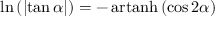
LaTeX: \ln \left( \left| \tan \alpha \right| \right) = - \operatorname { a r t a n h } \left( \cos 2 \alpha \right)